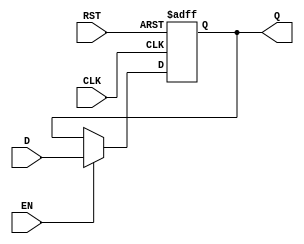
module pipeline_buffer #(
    parameter DATA_WIDTH = 8  // Parameter to define the width of the data
)(
    input  wire [DATA_WIDTH-1:0] D,   // Data input
    input  wire CLK,                   // Clock signal
    input  wire EN,                    // Enable signal
    input  wire RST,                   // Asynchronous reset signal
    output reg  [DATA_WIDTH-1:0] Q     // Data output
);

    // Asynchronous reset and data capture on clock edge
    always @(posedge CLK or posedge RST) begin
        if (RST) begin
            Q <= {DATA_WIDTH{1'b0}};     // Clear output to zero on reset
        end else if (EN) begin
            Q <= D;                      // Capture input data on enable
        end
        // If EN is low, Q retains its previous value
    end

endmodule